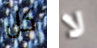
كل لا